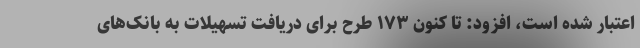
اعتبار شده است، افزود: تا کنون ۱۷۳ طرح برای دریافت تسهیلات به بانک‌های